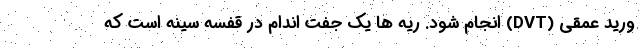
ورید عمقی (DVT) انجام شود. ریه ها یک جفت اندام در قفسه سینه است که